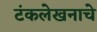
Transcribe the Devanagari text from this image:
टंकलेखनाचे